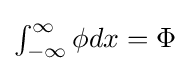
{\textstyle \int _{-\infty }^{\infty }\phi dx=\Phi }